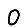
Digit: 0